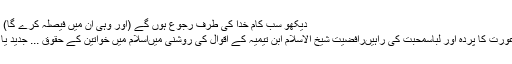
دیکھو سب کام خدا کی طرف رجوع ہوں گے (اور وہی ان میں فیصلہ کرے گا) Share
مسلمان عورت کا پردہ اور لباسمحبت کی راہیںرافضیت شیخ الاسلام ابن تیمیہ کے اقوال کی روشنی میںاسلام میں خواتین کے حقوق ... جدید یا فرسودہ؟